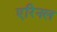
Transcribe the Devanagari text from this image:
एरिनल